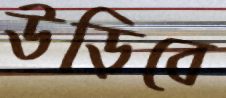
উড়িবে